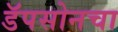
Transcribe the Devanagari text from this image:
डॅपसोनचा